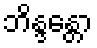
ဘိန္ဒန္တော